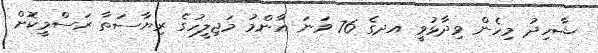
ޝާހިދު މިހެން ވިދާޅުވީ އދގެ 76 ވަނަ އާންމު މަޖިލީހުގެ ރިޔާސަތާ ރަސްމީކޮށް